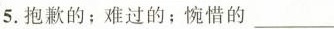
5.抱歉的；难过的；惋惜的___